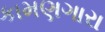
કામણગારા